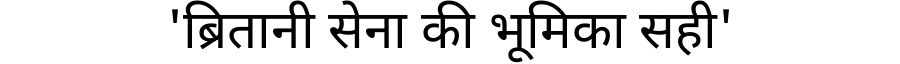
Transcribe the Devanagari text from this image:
'ब्रितानी सेना की भूमिका सही'